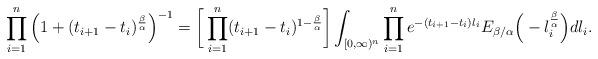
LaTeX: \begin{align*} \prod_{i=1}^n \Big(1+ (t_{i+1}-t_{i}) ^{\frac{\beta}{\alpha}}\Big)^{-1}&=\bigg[\prod_{i=1}^n (t_{i+1}-t_{i}) ^{1-\frac{\beta}{\alpha}}\bigg]\int_{[0,\infty)^n} \prod_{i=1}^n e^{-(t_{i+1}-t_{i})l_i}E_{\beta/\alpha}\Big(-l_i^\frac{\beta}{\alpha}\Big)dl_i.\\ \end{align*}